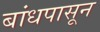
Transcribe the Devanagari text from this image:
बांधपासून